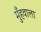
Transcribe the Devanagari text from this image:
मुँहवाला